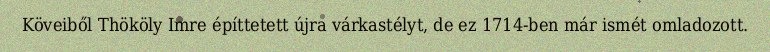
Köveiből Thököly Imre építtetett újra várkastélyt, de ez 1714-ben már ismét omladozott.